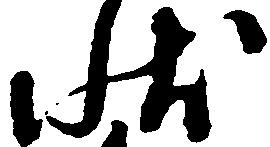
状